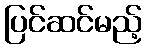
ပြင်ဆင်မည့်